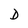
Character: D